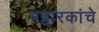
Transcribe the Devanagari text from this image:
भट्टारकांचे